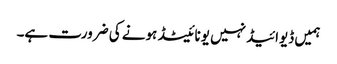
ہمیں ڈیوائیڈ نہیں یونائیٹڈ ہونے کی ضرورت ہے۔